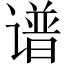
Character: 谱